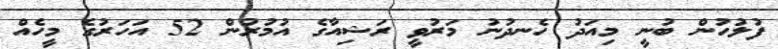
ފުލުހުން ބުނީ މިއަދު ހެނދުނު މަރުވީ ރަޝިއާގެ އުމުރުން 52 އަހަރުގެ މީހެއް